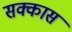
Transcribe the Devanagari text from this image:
सक्कास